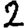
Digit: 2